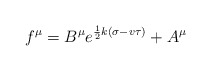
\begin{align*}f^\mu = B^\mu e^{\frac{1}{2}k(\sigma-v\tau)} + A^\mu \end{align*}